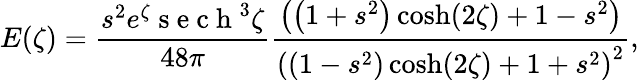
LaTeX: E(\zeta)=\frac{s^{2}e^{\zeta}\mathrm{~s~e~c~h~}^{3}\zeta}{48\pi}\frac{\left(\left(1+s^{2}\right)\cosh(2\zeta)+1-s^{2}\right)}{\left(\left(1-s^{2}\right)\cosh(2\zeta)+1+s^{2}\right)^{2}},